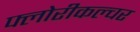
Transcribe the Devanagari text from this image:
फ्लोरीकल्चर